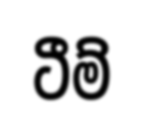
ටීම්